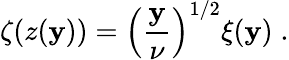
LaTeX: \zeta\! \left(z(\mathbf{y})\right)=\left(\frac{{\mathbf{y}}}{{\nu}}\right)^{1/2}\xi(\mathbf{y})\; .